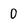
Character: 0